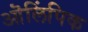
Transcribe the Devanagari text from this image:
ऒलिंपिक